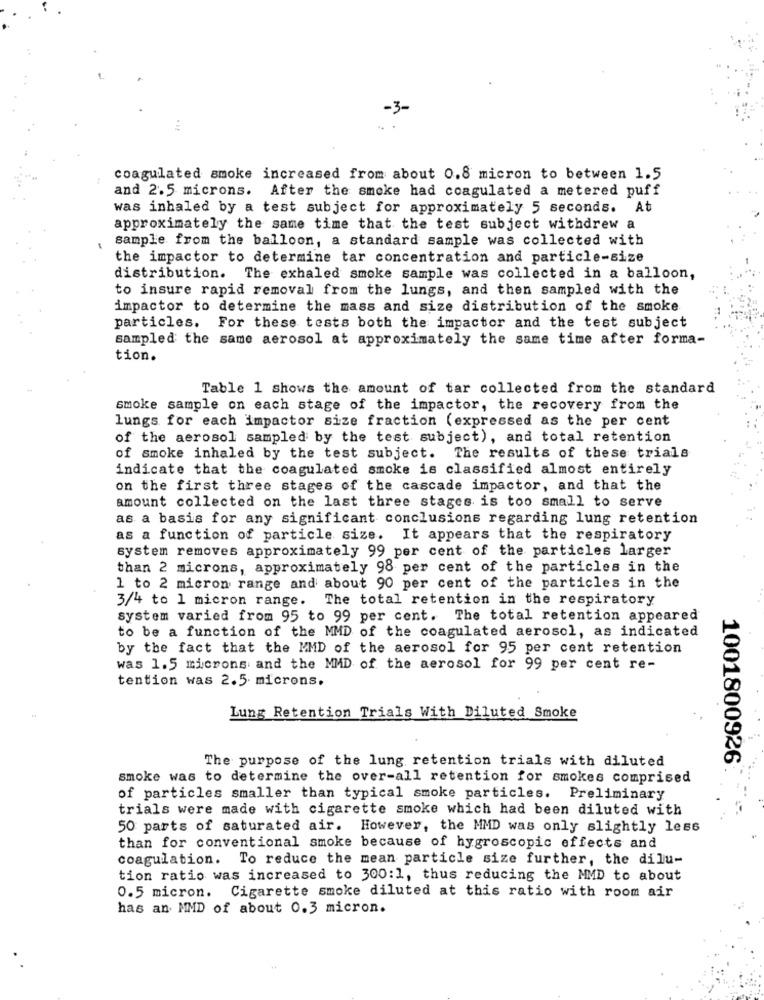
coagulated smoke increased from about 0.8 micron to between 1.5
and 2.5 microns. After the smoke had coagulated a metered puff
was inhaled by a test subject for approximately 5 seconds. At
approximately the same time that the test subject withdrew a
sample from the balloon, a standard sample was collected with
the impactor to determine tar concentration and particle-size
distribution. The exhaled smoke sample was collected in a balloon,
to insure rapid removal from the lungs, and then sampled with the
impactor to determine the mass and size distribution of the smoke
particles. For these tests both the impactor and the test subject
sampled the same aerosol at approximately the same time after forma-
tion.
Table 1 shows the amount of tar collected from the standard
smoke sample on each stage of the impactor, the recovery from the
lungs for each impactor size fraction (expressed as the per cent
of the aerosol sampled by the test subject), and total retention
of smoke inhaled by the test subject. The results of these trials
indicate that the coagulated smoke is classified almost entirely
on the first three stages of the cascade impactor, and that the
amount collected on the last three stages is too small to serve
as a basis for any significant conclusions regarding lung retention
as a function of particle size. It appears that the respiratory
system removes approximately 99 per cent of the particles larger
than 2 microns, approximately 98 per cent of the particles in the
1 to 2 micron range and about 90 per cent of the particles in the
3/4 to 1 micron range. The total retention in the respiratory
system varied from 95 to 99 per cent. The total retention appeared
to be a function of the MMD of the coagulated aerosol, as indicated
by the fact that the MMD of the aerosol for 95 per cent retention
was 1.5 microns and the MMD of the aerosol for 99 per cent re-
tention was 2.5 microns.
Lung Retention Trials With Diluted Smoke
The purpose of the lung retention trials with diluted
1001800926
smoke was to determine the over-all retention for smokes comprised
of particles smaller than typical smoke particles. Preliminary
trials were made with cigarette smoke which had been diluted with
50 parts of saturated air. However, the MMD was only slightly less
than for conventional smoke because of hygroscopic effects and
coagulation. To reduce the mean particle size further, the dilu-
tion ratio was increased to 300:1, thus reducing the MMD to about
0.5 micron. Cigarette smoke diluted at this ratio with room air
has an MMD of about 0.3 micron.